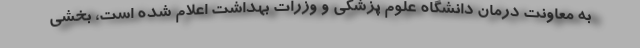
به معاونت درمان دانشگاه علوم پزشکی و وزرات بهداشت اعلام شده است، بخشی